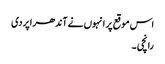
اس موقع پر انہوں نے آندھراپردی
رانچی ۔